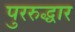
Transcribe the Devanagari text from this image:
पुररुद्धार